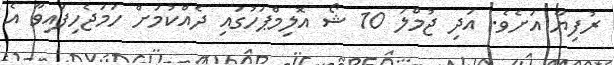
ރުފިޔާ އަށެވެ. އަދި ޖުމްލަ 10 ޝޯ އޮލިމްޕަހުގައި ދެއްކުމަށް ހަމަޖެހިފައިވާ އެ